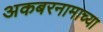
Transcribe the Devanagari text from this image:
अकबरनामाच्या